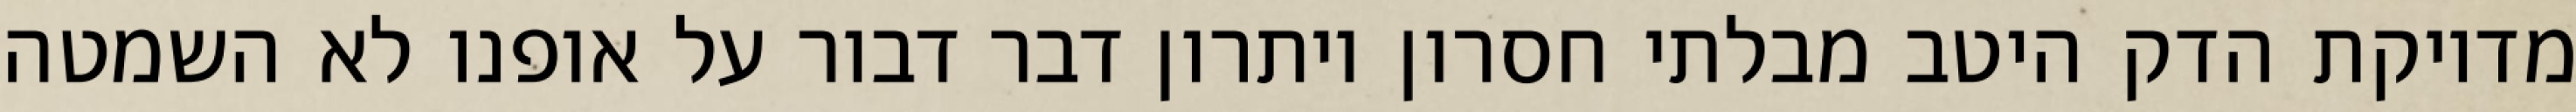
מדויקת הדק היטב מבלתי חסרון ויתרון דבר דבור על אופנו לא השמטה